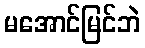
မအောင်မြင်ဘဲ